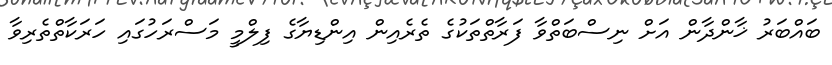
ބައްބަރު ޚާންދާން އަށް ނިސްބަތްވާ ފަރާތްތަކުގެ ތެރެއިން އިންޑިޔާގެ ފިލްމީ މަސްރަހުގައި ހަރަކާތްތެރިވާ